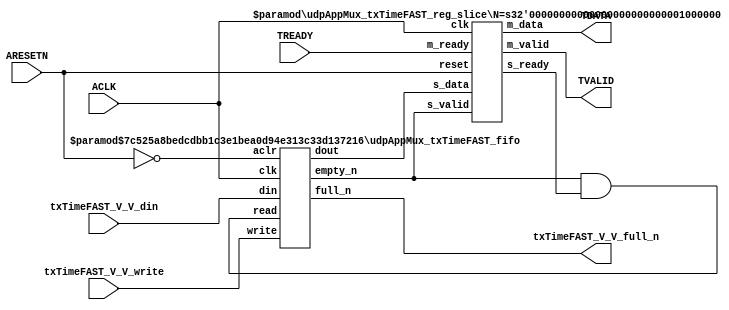
// ==============================================================
// File generated by Vivado(TM) HLS - High-Level Synthesis from C, C++ and SystemC
// Version: 2016.3
// Copyright (C) 1986-2016 Xilinx, Inc. All Rights Reserved.
// 
// ==============================================================


`timescale 1ns/1ps

module udpAppMux_txTimeFAST_if (
    // AXI4-Stream singals
    input  wire        ACLK,
    input  wire        ARESETN,
    output wire        TVALID,
    input  wire        TREADY,
    output wire [63:0] TDATA,
    // User signals
    input  wire [63:0] txTimeFAST_V_V_din,
    output wire        txTimeFAST_V_V_full_n,
    input  wire        txTimeFAST_V_V_write
);
//------------------------Local signal-------------------
// FIFO
wire [0:0]  fifo_read;
wire [0:0]  fifo_empty_n;
wire [63:0] txTimeFAST_V_V_dout;
wire [0:0]  txTimeFAST_V_V_empty_n;
// register slice
wire [0:0]  s_valid;
wire [0:0]  s_ready;
wire [63:0] s_data;
wire [0:0]  m_valid;
wire [0:0]  m_ready;
wire [63:0] m_data;

//------------------------Instantiation------------------
// rs
udpAppMux_txTimeFAST_reg_slice #(
    .N       ( 64 )
) rs (
    .clk     ( ACLK ),
    .reset   ( ARESETN ),
    .s_data  ( s_data ),
    .s_valid ( s_valid ),
    .s_ready ( s_ready ),
    .m_data  ( m_data ),
    .m_valid ( m_valid ),
    .m_ready ( m_ready )
);

// txTimeFAST_V_V_fifo
udpAppMux_txTimeFAST_fifo #(
    .DATA_BITS  ( 64 ),
    .DEPTH_BITS ( 4 )
) txTimeFAST_V_V_fifo (
    .clk        ( ACLK ),
    .aclr       ( ~ARESETN ),
    .empty_n    ( txTimeFAST_V_V_empty_n ),
    .full_n     ( txTimeFAST_V_V_full_n ),
    .read       ( fifo_read ),
    .write      ( txTimeFAST_V_V_write ),
    .dout       ( txTimeFAST_V_V_dout ),
    .din        ( txTimeFAST_V_V_din )
);

//------------------------Body---------------------------
//++++++++++++++++++++++++AXI4-Stream++++++++++++++++++++
assign TVALID = m_valid;
assign TDATA  = m_data[63:0];

//+++++++++++++++++++++++++++++++++++++++++++++++++++++++

//++++++++++++++++++++++++Reigister Slice++++++++++++++++
assign s_valid = fifo_empty_n;
assign m_ready = TREADY;
assign s_data  = {txTimeFAST_V_V_dout};

//+++++++++++++++++++++++++++++++++++++++++++++++++++++++

//++++++++++++++++++++++++FIFO+++++++++++++++++++++++++++
assign fifo_read    = fifo_empty_n & s_ready;
assign fifo_empty_n = txTimeFAST_V_V_empty_n;

//+++++++++++++++++++++++++++++++++++++++++++++++++++++++

endmodule



`timescale 1ns/1ps

module udpAppMux_txTimeFAST_fifo
#(parameter
    DATA_BITS  = 8,
    DEPTH_BITS = 4
)(
    input  wire                 clk,
    input  wire                 aclr,
    output wire                 empty_n,
    output wire                 full_n,
    input  wire                 read,
    input  wire                 write,
    output wire [DATA_BITS-1:0] dout,
    input  wire [DATA_BITS-1:0] din
);
//------------------------Parameter----------------------
localparam
    DEPTH = 1 << DEPTH_BITS;
//------------------------Local signal-------------------
reg                   empty;
reg                   full;
reg  [DEPTH_BITS-1:0] index;
reg  [DATA_BITS-1:0]  mem[0:DEPTH-1];
//------------------------Body---------------------------
assign empty_n = ~empty;
assign full_n  = ~full;
assign dout    = mem[index];

// empty
always @(posedge clk or posedge aclr) begin
    if (aclr)
        empty <= 1'b1;
    else if (empty & write & ~read)
        empty <= 1'b0;
    else if (~empty & ~write & read & (index==1'b0))
        empty <= 1'b1;
end

// full
always @(posedge clk or posedge aclr) begin
    if (aclr)
        full <= 1'b0;
    else if (full & read & ~write)
        full <= 1'b0;
    else if (~full & ~read & write & (index==DEPTH-2'd2))
        full <= 1'b1;
end

// index
always @(posedge clk or posedge aclr) begin
    if (aclr)
        index <= {DEPTH_BITS{1'b1}};
    else if (~empty & ~write & read)
        index <= index - 1'b1;
    else if (~full & ~read & write)
        index <= index + 1'b1;
end

// mem
always @(posedge clk) begin
    if (~full & write) mem[0] <= din;
end

genvar i;
generate
    for (i = 1; i < DEPTH; i = i + 1) begin : gen_sr
        always @(posedge clk) begin
            if (~full & write) mem[i] <= mem[i-1];
        end
    end
endgenerate

endmodule

`timescale 1ns/1ps

module udpAppMux_txTimeFAST_reg_slice
#(parameter
    N = 8   // data width
) (
    // system signals
    input  wire         clk,
    input  wire         reset,
    // slave side
    input  wire [N-1:0] s_data,
    input  wire         s_valid,
    output wire         s_ready,
    // master side
    output wire [N-1:0] m_data,
    output wire         m_valid,
    input  wire         m_ready
);
//------------------------Parameter----------------------
// state
localparam [1:0]
    ZERO = 2'b10,
    ONE  = 2'b11,
    TWO  = 2'b01;
//------------------------Local signal-------------------
reg  [N-1:0] data_p1;
reg  [N-1:0] data_p2;
wire         load_p1;
wire         load_p2;
wire         load_p1_from_p2;
reg          s_ready_t;
reg  [1:0]   state;
reg  [1:0]   next;
//------------------------Body---------------------------
assign s_ready = s_ready_t;
assign m_data  = data_p1;
assign m_valid = state[0];

assign load_p1 = (state == ZERO && s_valid) ||
                 (state == ONE && s_valid && m_ready) ||
                 (state == TWO && m_ready);
assign load_p2 = s_valid & s_ready;
assign load_p1_from_p2 = (state == TWO);

// data_p1
always @(posedge clk) begin
    if (load_p1) begin
        if (load_p1_from_p2)
            data_p1 <= data_p2;
        else
            data_p1 <= s_data;
    end
end

// data_p2
always @(posedge clk) begin
    if (load_p2) data_p2 <= s_data;
end

// s_ready_t
always @(posedge clk) begin
    if (~reset)
        s_ready_t <= 1'b0;
    else if (state == ZERO)
        s_ready_t <= 1'b1;
    else if (state == ONE && next == TWO)
        s_ready_t <= 1'b0;
    else if (state == TWO && next == ONE)
        s_ready_t <= 1'b1;
end

// state
always @(posedge clk) begin
    if (~reset)
        state <= ZERO;
    else
        state <= next;
end

// next
always @(*) begin
    case (state)
        ZERO:
            if (s_valid & s_ready)
                next = ONE;
            else
                next = ZERO;
        ONE:
            if (~s_valid & m_ready)
                next = ZERO;
            else if (s_valid & ~m_ready)
                next = TWO;
            else
                next = ONE;
        TWO:
            if (m_ready)
                next = ONE;
            else
                next = TWO;
        default:
            next = ZERO;
    endcase
end

endmodule